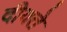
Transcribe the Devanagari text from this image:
दीयते